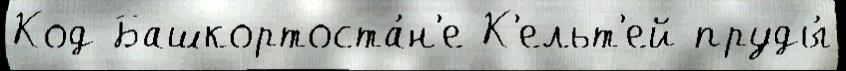
Код Башкортоста́н'е К'ельт'ей пруды́